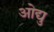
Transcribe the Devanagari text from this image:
ओद्यु